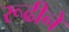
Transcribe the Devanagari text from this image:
रूढीने